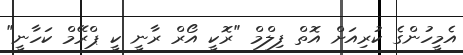
އެމީހުންގެ ކުރިއަށް އޮތް ފިލްމް "ރޮކީ އޯރް ރާނީ ކީ ޕްރޭމް ކަހާނީ"